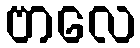
ဗာလေ